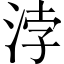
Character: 浡